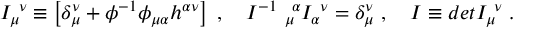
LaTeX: I _ { \mu } ^ { \ \nu } \equiv \left[ \delta _ { \mu } ^ { \nu } + \phi ^ { - 1 } \phi _ { \mu \alpha } h ^ { \alpha \nu } \right] \; , \quad I ^ { - 1 } \ _ { \mu } ^ { \ \alpha } I _ { \alpha } ^ { \ \nu } = \delta _ { \mu } ^ { \nu } \; , \quad I \equiv d e t I _ { \mu } ^ { \ \nu } \; .